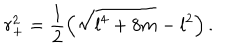
r _ { + } ^ { 2 } = \frac { 1 } { 2 } \left( \sqrt { l ^ { 4 } + 8 m } - l ^ { 2 } \right) .